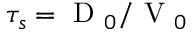
\tau _ { s } = \mathrm { ~ D ~ } _ { 0 } / \mathrm { ~ V ~ } _ { 0 }